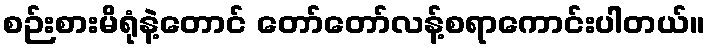
စဉ်းစားမိရုံနဲ့တောင် တော်တော်လန့်စရာကောင်းပါတယ်။